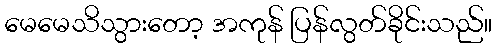
မေမေသိသွားတော့ အကုန် ပြန်လွတ်ခိုင်းသည်။